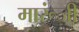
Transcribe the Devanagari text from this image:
मारूंजी